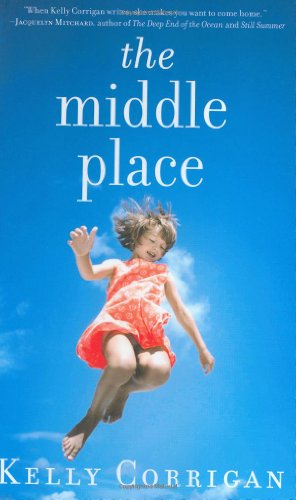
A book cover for The Middle Place; Kelly Corrigan; Health, Fitness & Dieting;